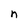
Character: n